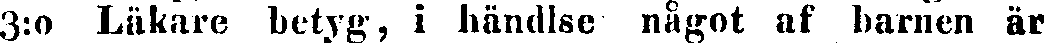
3:o Läkare betyg, i händlse något af barnen är